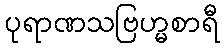
ပုရာဏသဗြဟ္မစာရီ